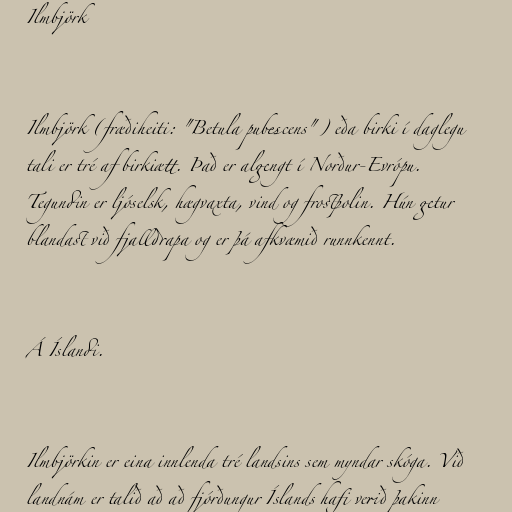
Ilmbjörk

Ilmbjörk (fræðiheiti: "Betula pubescens") eða birki í daglegu
tali er tré af birkiætt. Það er algengt í Norður-Evrópu.
Tegundin er ljóselsk, hægvaxta, vind og frostþolin. Hún getur
blandast við fjalldrapa og er þá afkvæmið runnkennt.

Á Íslandi.

Ilmbjörkin er eina innlenda tré landsins sem myndar skóga. Við
landnám er talið að að fjórðungur Íslands hafi verið þakinn